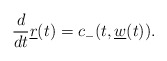
\begin{align*} \frac{d}{dt}\underline{r}(t)=c_-(t,\underline{w}(t)).\end{align*}